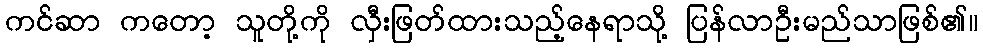
ကင်ဆာ ကတော့ သူတို့ကို လှီးဖြတ်ထားသည့်နေရာသို့ ပြန်လာဦးမည်သာဖြစ်၏။